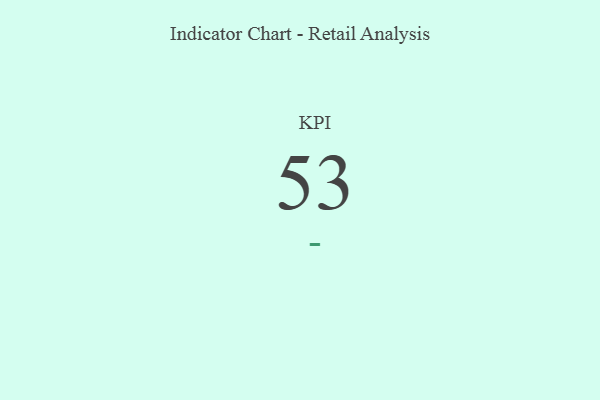
{"axis": {"x": "KPI", "y": "Value"}, "legend": [""], "data": [{"x": "KPI", "y": 53, "type": ""}]}